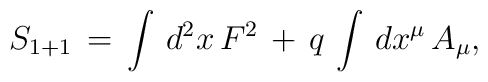
S_{1+1} \, = \,\int\, d^2x \, F^2 \, + \, q \, \int \, dx^{\mu}\,A_{\mu},